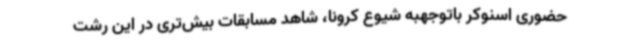
حضوری اسنوکر باتوجهبه شیوع کرونا، شاهد مسابقات بیش‌تری در این رشت